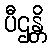
ပီဌန္တိ